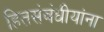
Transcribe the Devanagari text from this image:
हितसंबंधीयांना